画像に写った文字を読んでください
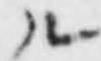
「ル」と書いてあります